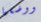
ووضعها